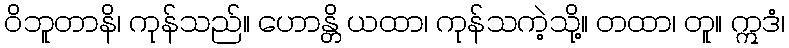
ဝိဘူတာနိ၊ ကုန်သည်။ ဟောန္တိ ယထာ၊ ကုန်သကဲ့သို့။ တထာ၊ တူ။ ဣဒံ၊